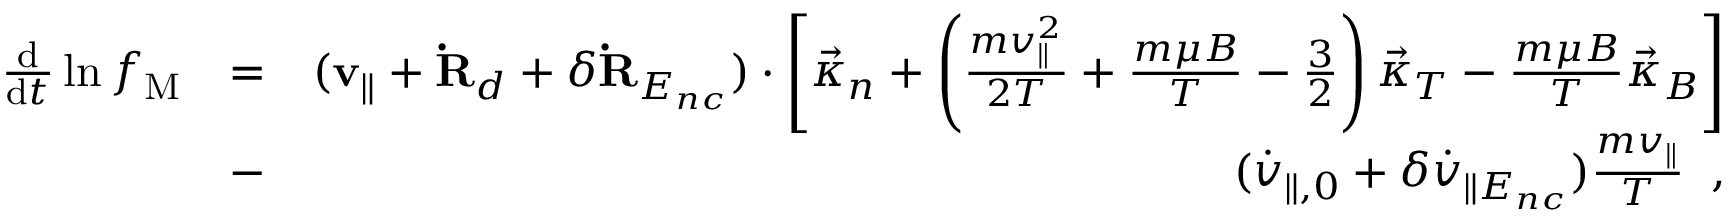
\begin{array} { r l r } { \frac { \mathrm { d } } { \mathrm { d } t } \ln f _ { \mathrm { M } } } & { = } & { ( { \bf v } _ { \| } + { \bf \dot { R } } _ { d } + \delta { \bf \dot { R } } _ { E _ { n c } } ) \cdot \left[ { \vec { \kappa } } _ { n } + \left( \frac { m v _ { \| } ^ { 2 } } { 2 T } + \frac { m \mu B } { T } - \frac { 3 } { 2 } \right) \vec { \kappa } _ { T } - \frac { m \mu B } { T } \vec { \kappa } _ { B } \right] } \\ & { - } & { ( \dot { v } _ { \parallel , 0 } + \delta \dot { v } _ { \| E _ { n c } } ) \frac { m v _ { \| } } { T } \; \; , } \end{array}